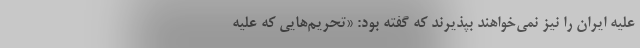
علیه ایران را نیز نمی‌خواهند بپذیرند که گفته بود: «تحریم‌هایی که علیه